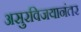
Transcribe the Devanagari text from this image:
असुरविजयानंतर